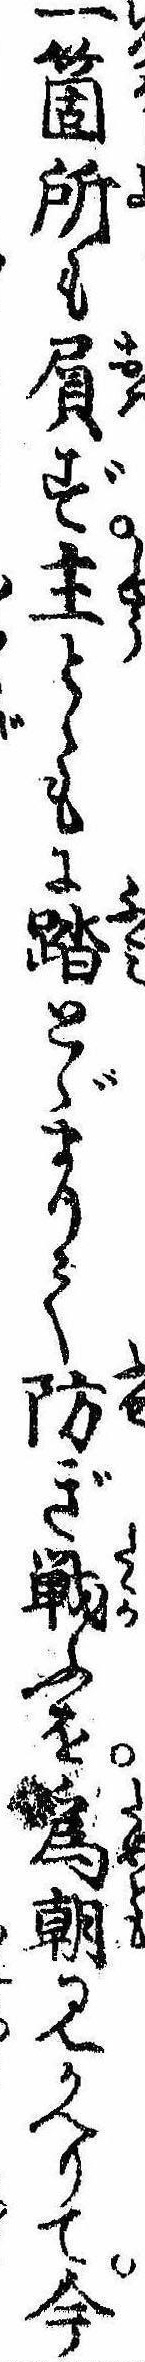
一箇所も屓ず主とゝもに踏とゞまりて防ぎ戦ふを為朝見かへりて今